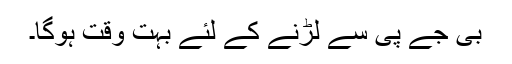
بی جے پی سے لڑنے کے لئے بہت وقت ہوگا۔